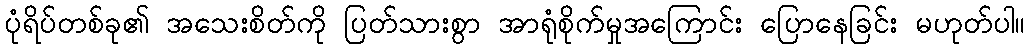
ပုံရိပ်တစ်ခု၏ အသေးစိတ်ကို ပြတ်သားစွာ အာရုံစိုက်မှုအကြောင်း ပြောနေခြင်း မဟုတ်ပါ။